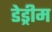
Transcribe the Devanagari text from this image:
डेड्रीम